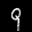
Label: 9